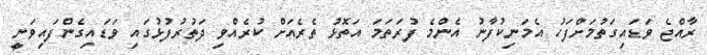
ރާއްޖެ ވަޑައިގަތުމަށްފަހު އެމަނިކުފާނު އެންމެ ފުރަތަމަ އަތޮޅު ތެރެއަށް ކުރެއްވި ދަތުރުފުޅުގައި ވަޑައިގެންފައިވަނީ